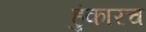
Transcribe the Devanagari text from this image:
हुंकारच